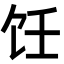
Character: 饪